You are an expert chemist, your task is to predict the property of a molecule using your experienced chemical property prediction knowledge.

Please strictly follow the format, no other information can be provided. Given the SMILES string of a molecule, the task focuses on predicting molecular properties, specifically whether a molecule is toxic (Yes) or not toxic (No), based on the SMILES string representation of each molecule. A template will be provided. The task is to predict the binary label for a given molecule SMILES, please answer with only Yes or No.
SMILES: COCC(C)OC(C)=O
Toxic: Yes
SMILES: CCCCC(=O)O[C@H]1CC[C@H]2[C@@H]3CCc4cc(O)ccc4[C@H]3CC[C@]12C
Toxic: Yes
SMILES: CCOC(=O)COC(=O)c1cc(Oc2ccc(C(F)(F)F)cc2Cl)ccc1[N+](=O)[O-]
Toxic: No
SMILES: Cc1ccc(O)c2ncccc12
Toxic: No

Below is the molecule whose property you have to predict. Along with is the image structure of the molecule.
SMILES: CCCCCCCCCCCCCCCCCCOCCO
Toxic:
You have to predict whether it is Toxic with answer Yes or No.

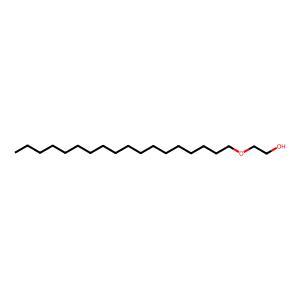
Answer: No